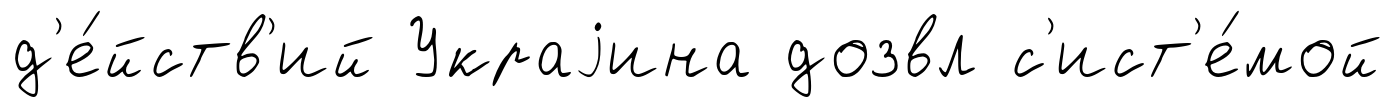
д'е́йств'ий Украjина дозвл с'ист'е́мой